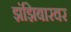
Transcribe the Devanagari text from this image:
झंझिबारवर